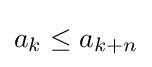
a_{k}\leq a_{k+n}